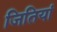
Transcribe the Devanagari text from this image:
जितियां